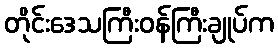
တိုင်းဒေသကြီးဝန်ကြီးချုပ်က